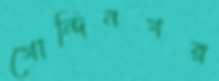
গোন্দিনগর